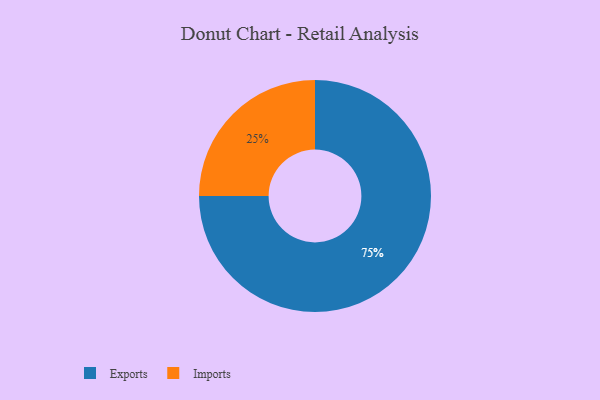
{"axis": {"x": "Category", "y": "Percentage"}, "legend": ["Exports", "Imports"], "data": [{"x": "Imports", "y": 25, "type": "Imports"}, {"x": "Exports", "y": 75, "type": "Exports"}]}